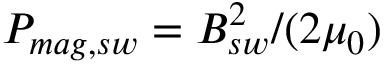
P _ { m a g , s w } = B _ { s w } ^ { 2 } / ( 2 \mu _ { 0 } )